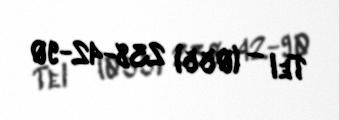
Tel — (055) 238-42-90